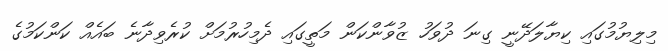
މިލިޔުމުގައި ކިޔާލަދޭނީ ގިނަ ދުވަހު ޒުވާންކަން މަތީގައި ދެމިހުރުމަށް ކުރެވިދާނެ ބައެއް ކަންކަމުގެ